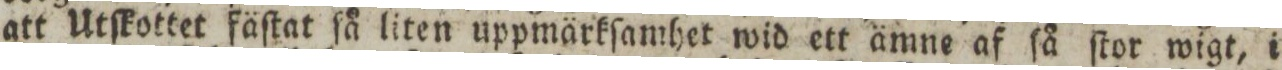
att Utſkottet fäſtat ſå liten uppmärkſamhet wid ett ämne af ſå ſtor wigt, i